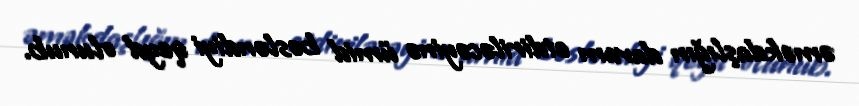
əməkdaşlığın davam etdiriləcəyinə ümid bəsləndiyi qeyd olunub.